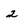
Character: 2